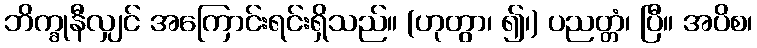
ဘိက္ခုနီလျှင် အကြောင်းရင်းရှိသည်။ (ဟုတွာ၊ ၍၊) ပညတ္တံ၊ ပြီ။ အပိစ၊